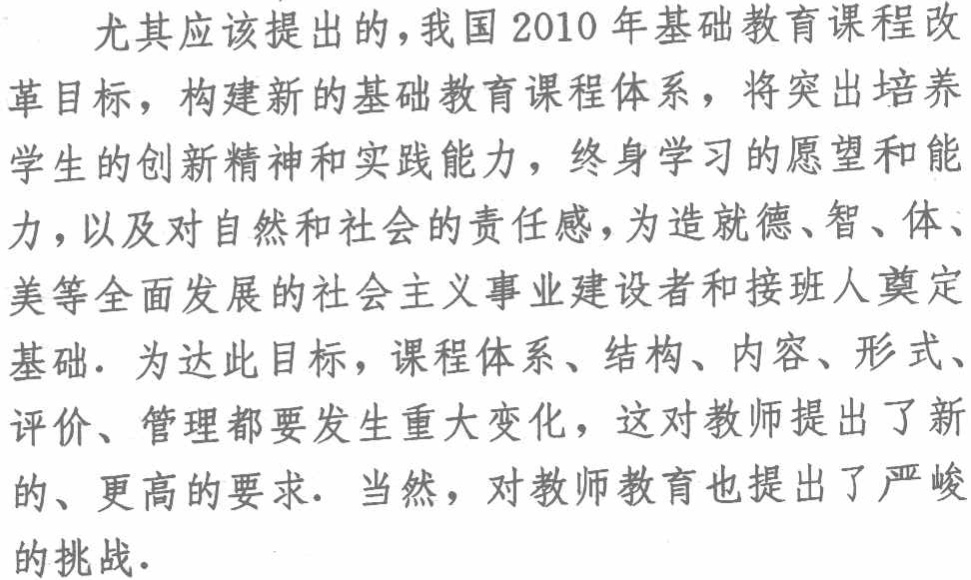
尤其应该提出的，我国2010年基础教育课程改革目标，构建新的基础教育课程体系，将突出培养学生的创新精神和实践能力，终身学习的愿望和能力，以及对自然和社会的责任感，为造就德、智、体、美等全面发展的社会主义事业建设者和接班人奠定基础. 为达此目标，课程体系、结构、内容、形式、评价、管理都要发生重大变化，这对教师提出了新的、更高的要求. 当然，对教师教育也提出了严峻的挑战.